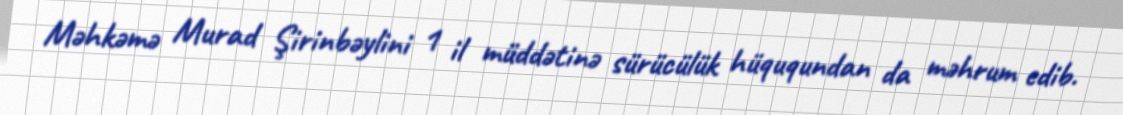
Məhkəmə Murad Şirinbəylini 1 il müddətinə sürücülük hüququndan da məhrum edib.